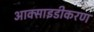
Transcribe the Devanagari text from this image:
आक्साइडीकरण